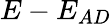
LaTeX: E-E_{AD}